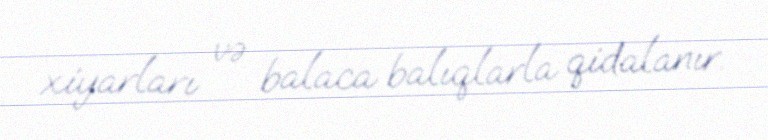
xiyarları və balaca balıqlarla qidalanır.